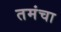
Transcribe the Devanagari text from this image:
तमंचा